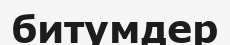
битумдер